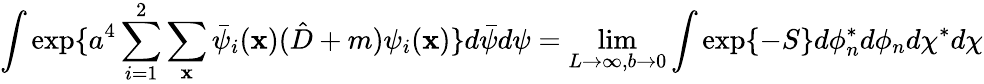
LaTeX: \int\exp\{ a^{4}\sum_{i=1}^{2}\sum_{\mathbf{x}}\bar{{\psi}}_{i}(\mathbf{x})(\hat{{D}}+m)\psi_{i}(\mathbf{x})\} d\bar{{\psi}}d\psi=\operatorname*{lim}_{L\rightarrow\infty,b\rightarrow0}\int\exp\{ -S\} d\phi_{n}^{*}d\phi_{n}d\chi^{*}d\chi